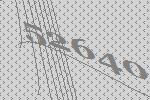
52640